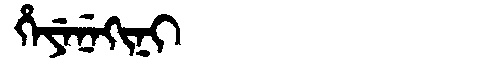
Manchu: ᡥᡝᠶᡝᠨᡝᡴᡳᠨᡳ
Romanization: HEYENEKINI